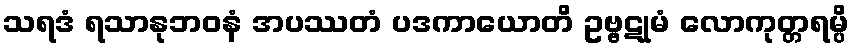
သရဒံ ရသာနုဘဝနံ အပဿတံ ပဒကာယောတိ ဥဗ္ဗဋုမံ လောကုတ္တရမ္ပိ